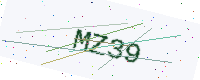
Text: MZ39